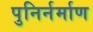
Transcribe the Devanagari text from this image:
पुनिर्नर्माण